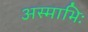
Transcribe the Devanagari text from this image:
अस्माभिः